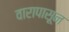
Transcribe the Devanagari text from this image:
वारापासून